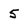
Character: 5